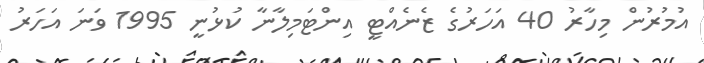
އުމުރުން މިހާރު 40 އަހަރުގެ ޒެނެއްޓީ އިންޓަމިލާނާ ކުޅުނީ 1995 ވަނަ އަހަރު